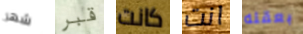
شهر قبر كانت انت بعقله